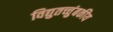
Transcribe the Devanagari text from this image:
विद्युतच्चुंबकीय